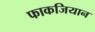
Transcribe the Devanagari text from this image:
फाकजियान